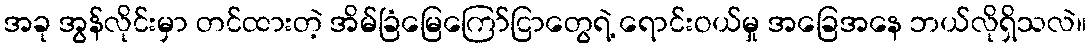
အခု အွန်လိုင်းမှာ တင်ထားတဲ့ အိမ်ခြံမြေကြော်ငြာတွေရဲ့ ရောင်းဝယ်မှု အခြေအနေ ဘယ်လိုရှိသလဲ။